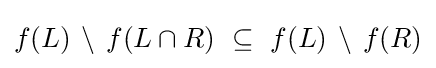
f(L)\,\setminus \,f(L\cap R)~\subseteq ~f(L)\,\setminus \,f(R)